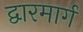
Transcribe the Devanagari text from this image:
द्वारमार्ग